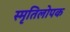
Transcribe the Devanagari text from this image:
स्मृतिलोपक